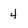
Character: 4